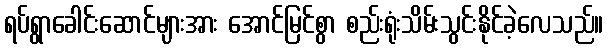
ရပ်ရွာခေါင်းဆောင်များအား အောင်မြင်စွာ စည်းရုံးသိမ်းသွင်းနိုင်ခဲ့လေသည်။